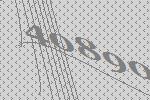
40890